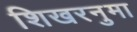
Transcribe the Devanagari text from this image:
शिखरनुमा